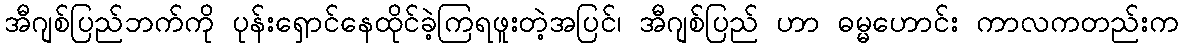
အီဂျစ်ပြည်ဘက်ကို ပုန်းရှောင်နေထိုင်ခဲ့ကြရဖူးတဲ့အပြင်၊ အီဂျစ်ပြည် ဟာ ဓမ္မဟောင်း ကာလကတည်းက